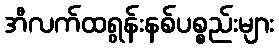
အီလက်ထရွန်းနစ်ပစ္စည်းများ